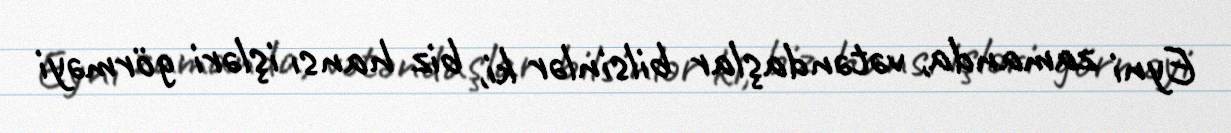
Eyni zamanda, vətəndaşlar bilsinlər ki, biz hansı işləri görməyi